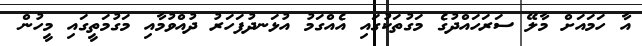
އާ ހަމައަށް މާލޭ ސަރަހައްދުގެ މަގުތަކުގައި އެއްގަމު އުޅަނދުފަހަރު ދުއްވުމާއި މަގުމަތީގައި މީހުން